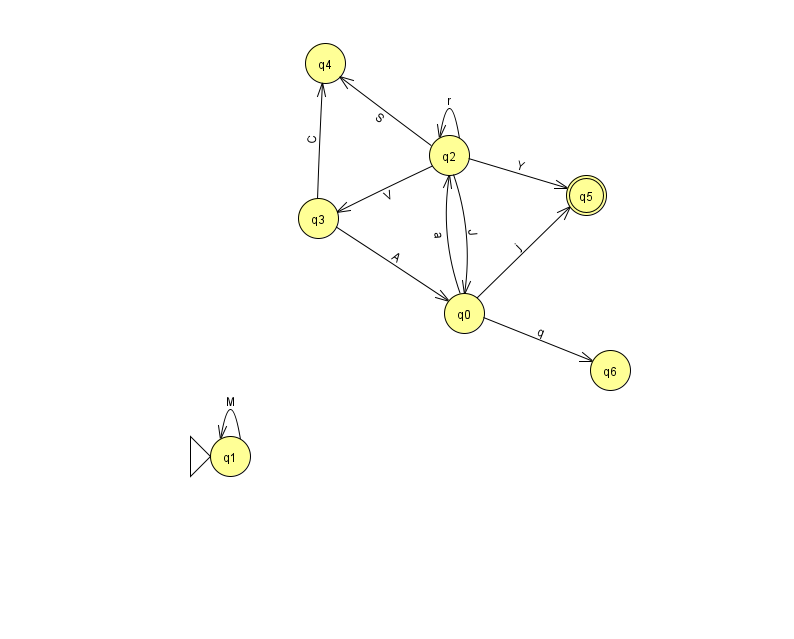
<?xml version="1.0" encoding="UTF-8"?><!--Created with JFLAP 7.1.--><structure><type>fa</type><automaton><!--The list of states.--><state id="0" name="q0"><x>464.0</x><y>300.0</y></state><state id="1" name="q1"><x>230.0</x><y>443.0</y><initial/></state><state id="2" name="q2"><x>449.0</x><y>142.0</y></state><state id="3" name="q3"><x>318.0</x><y>205.0</y></state><state id="4" name="q4"><x>325.0</x><y>50.0</y></state><state id="5" name="q5"><x>586.0</x><y>182.0</y><final/></state><state id="6" name="q6"><x>610.0</x><y>357.0</y></state><!--The list of transitions.--><transition><from>2</from><to>5</to><read>Y</read></transition><transition><from>0</from><to>2</to><read>a</read></transition><transition><from>2</from><to>2</to><read>r</read></transition><transition><from>0</from><to>5</to><read>j</read></transition><transition><from>3</from><to>4</to><read>C</read></transition><transition><from>0</from><to>6</to><read>q</read></transition><transition><from>2</from><to>0</to><read>J</read></transition><transition><from>3</from><to>0</to><read>A</read></transition><transition><from>1</from><to>1</to><read>M</read></transition><transition><from>2</from><to>3</to><read>V</read></transition><transition><from>2</from><to>4</to><read>S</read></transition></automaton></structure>